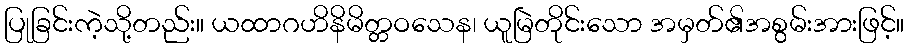
ပြုခြင်းကဲ့သို့တည်း။ ယထာဂဟိနိမိတ္တဝသေန၊ ယူမြဲတိုင်းသော အမှတ်၏အစွမ်းအားဖြင့်။